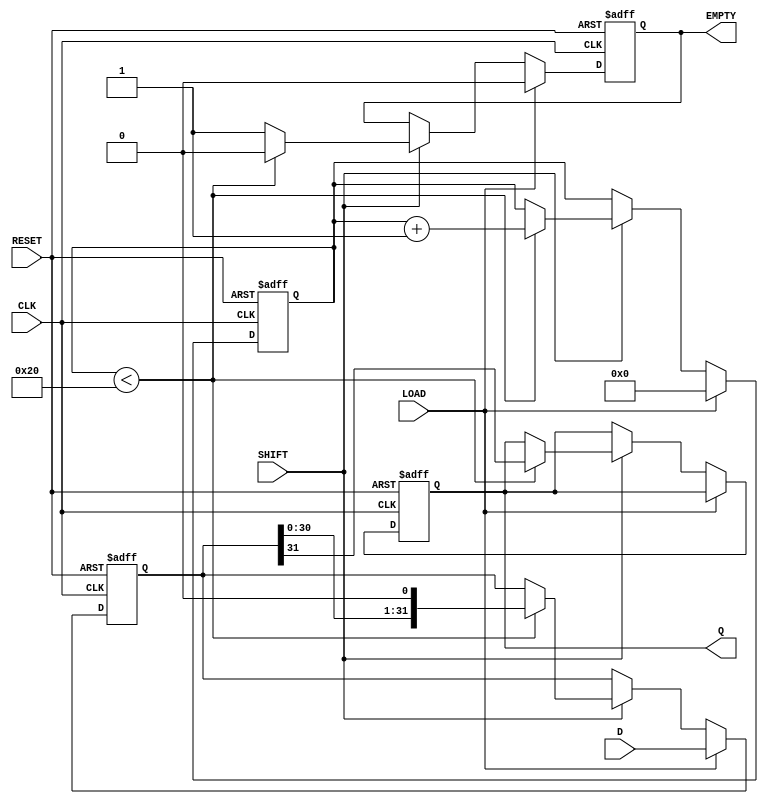
module PISO_Register (
    input wire [31:0] D,       // 32-bit parallel input data
    input wire LOAD,           // Load control signal
    input wire SHIFT,          // Shift control signal
    input wire CLK,            // Clock signal
    input wire RESET,          // Asynchronous reset signal
    output reg Q,              // Serial output
    output reg EMPTY           // Indicates when the register is empty
);

    reg [31:0] shift_reg;      // 32-bit shift register
    reg [5:0] count;           // Counter to track the number of bits shifted out

    // Asynchronous reset and loading data
    always @(posedge CLK or posedge RESET) begin
        if (RESET) begin
            shift_reg <= 32'b0; // Clear the shift register
            Q <= 1'b0;          // Clear the serial output
            count <= 6'b0;      // Reset the counter
            EMPTY <= 1'b1;      // Register is empty
        end else if (LOAD) begin
            shift_reg <= D;     // Load data into the shift register
            count <= 6'b0;      // Reset the counter
            EMPTY <= 1'b0;      // Register is not empty
        end else if (SHIFT) begin
            if (count < 32) begin
                Q <= shift_reg[31]; // Output the MSB
                shift_reg <= {shift_reg[30:0], 1'b0}; // Shift left
                count <= count + 1; // Increment the count
                EMPTY <= 1'b0;      // Register is not empty
            end else begin
                EMPTY <= 1'b1;      // Register is empty after all bits shifted out
            end
        end
    end

endmodule